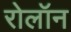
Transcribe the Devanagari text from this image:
रोलॉन